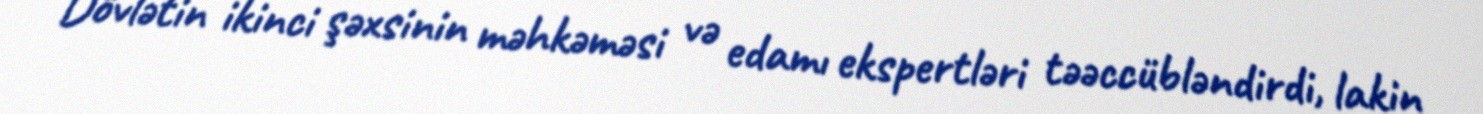
Dövlətin ikinci şəxsinin məhkəməsi və edamı ekspertləri təəccübləndirdi, lakin